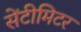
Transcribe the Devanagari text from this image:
सेंटीमिटर